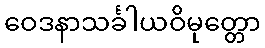
ဝေဒနာသင်္ခါယဝိမုတ္တော